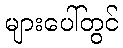
များပေါ်တွင်